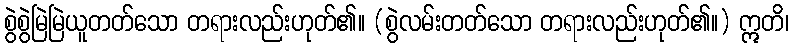
စွဲစွဲမြဲမြဲယူတတ်သော တရားလည်းဟုတ်၏။ (စွဲလမ်းတတ်သော တရားလည်းဟုတ်၏။) ဣတိ၊